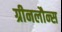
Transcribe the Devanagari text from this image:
ग्रीनलौन्स